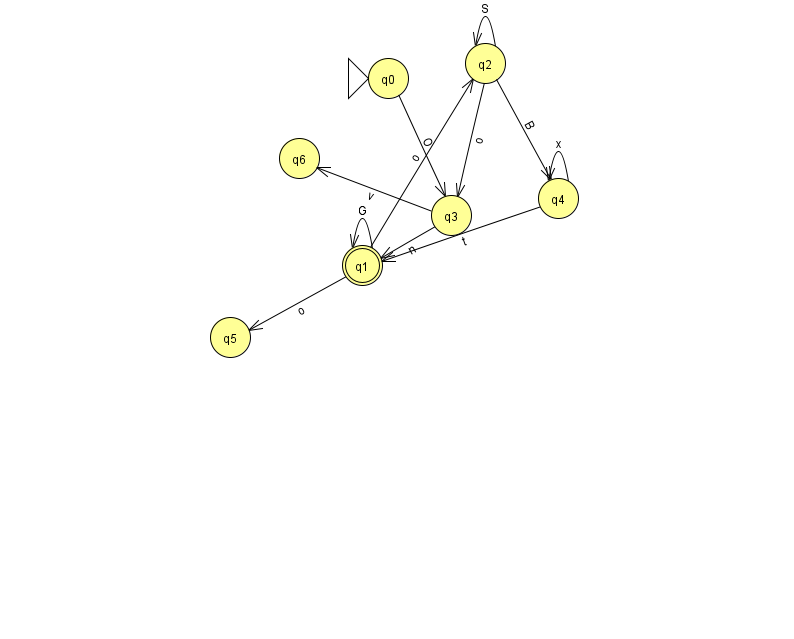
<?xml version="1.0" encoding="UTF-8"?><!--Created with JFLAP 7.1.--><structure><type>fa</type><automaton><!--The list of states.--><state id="0" name="q0"><x>388.0</x><y>65.0</y><initial/></state><state id="1" name="q1"><x>362.0</x><y>252.0</y><final/></state><state id="2" name="q2"><x>485.0</x><y>50.0</y></state><state id="3" name="q3"><x>451.0</x><y>202.0</y></state><state id="4" name="q4"><x>558.0</x><y>185.0</y></state><state id="5" name="q5"><x>230.0</x><y>324.0</y></state><state id="6" name="q6"><x>299.0</x><y>145.0</y></state><!--The list of transitions.--><transition><from>1</from><to>2</to><read>o</read></transition><transition><from>1</from><to>5</to><read>o</read></transition><transition><from>2</from><to>2</to><read>S</read></transition><transition><from>4</from><to>1</to><read>t</read></transition><transition><from>1</from><to>1</to><read>G</read></transition><transition><from>3</from><to>1</to><read>n</read></transition><transition><from>4</from><to>4</to><read>x</read></transition><transition><from>2</from><to>3</to><read>o</read></transition><transition><from>3</from><to>6</to><read>v</read></transition><transition><from>2</from><to>4</to><read>B</read></transition><transition><from>0</from><to>3</to><read>O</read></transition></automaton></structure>